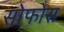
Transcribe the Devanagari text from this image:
सोफोस